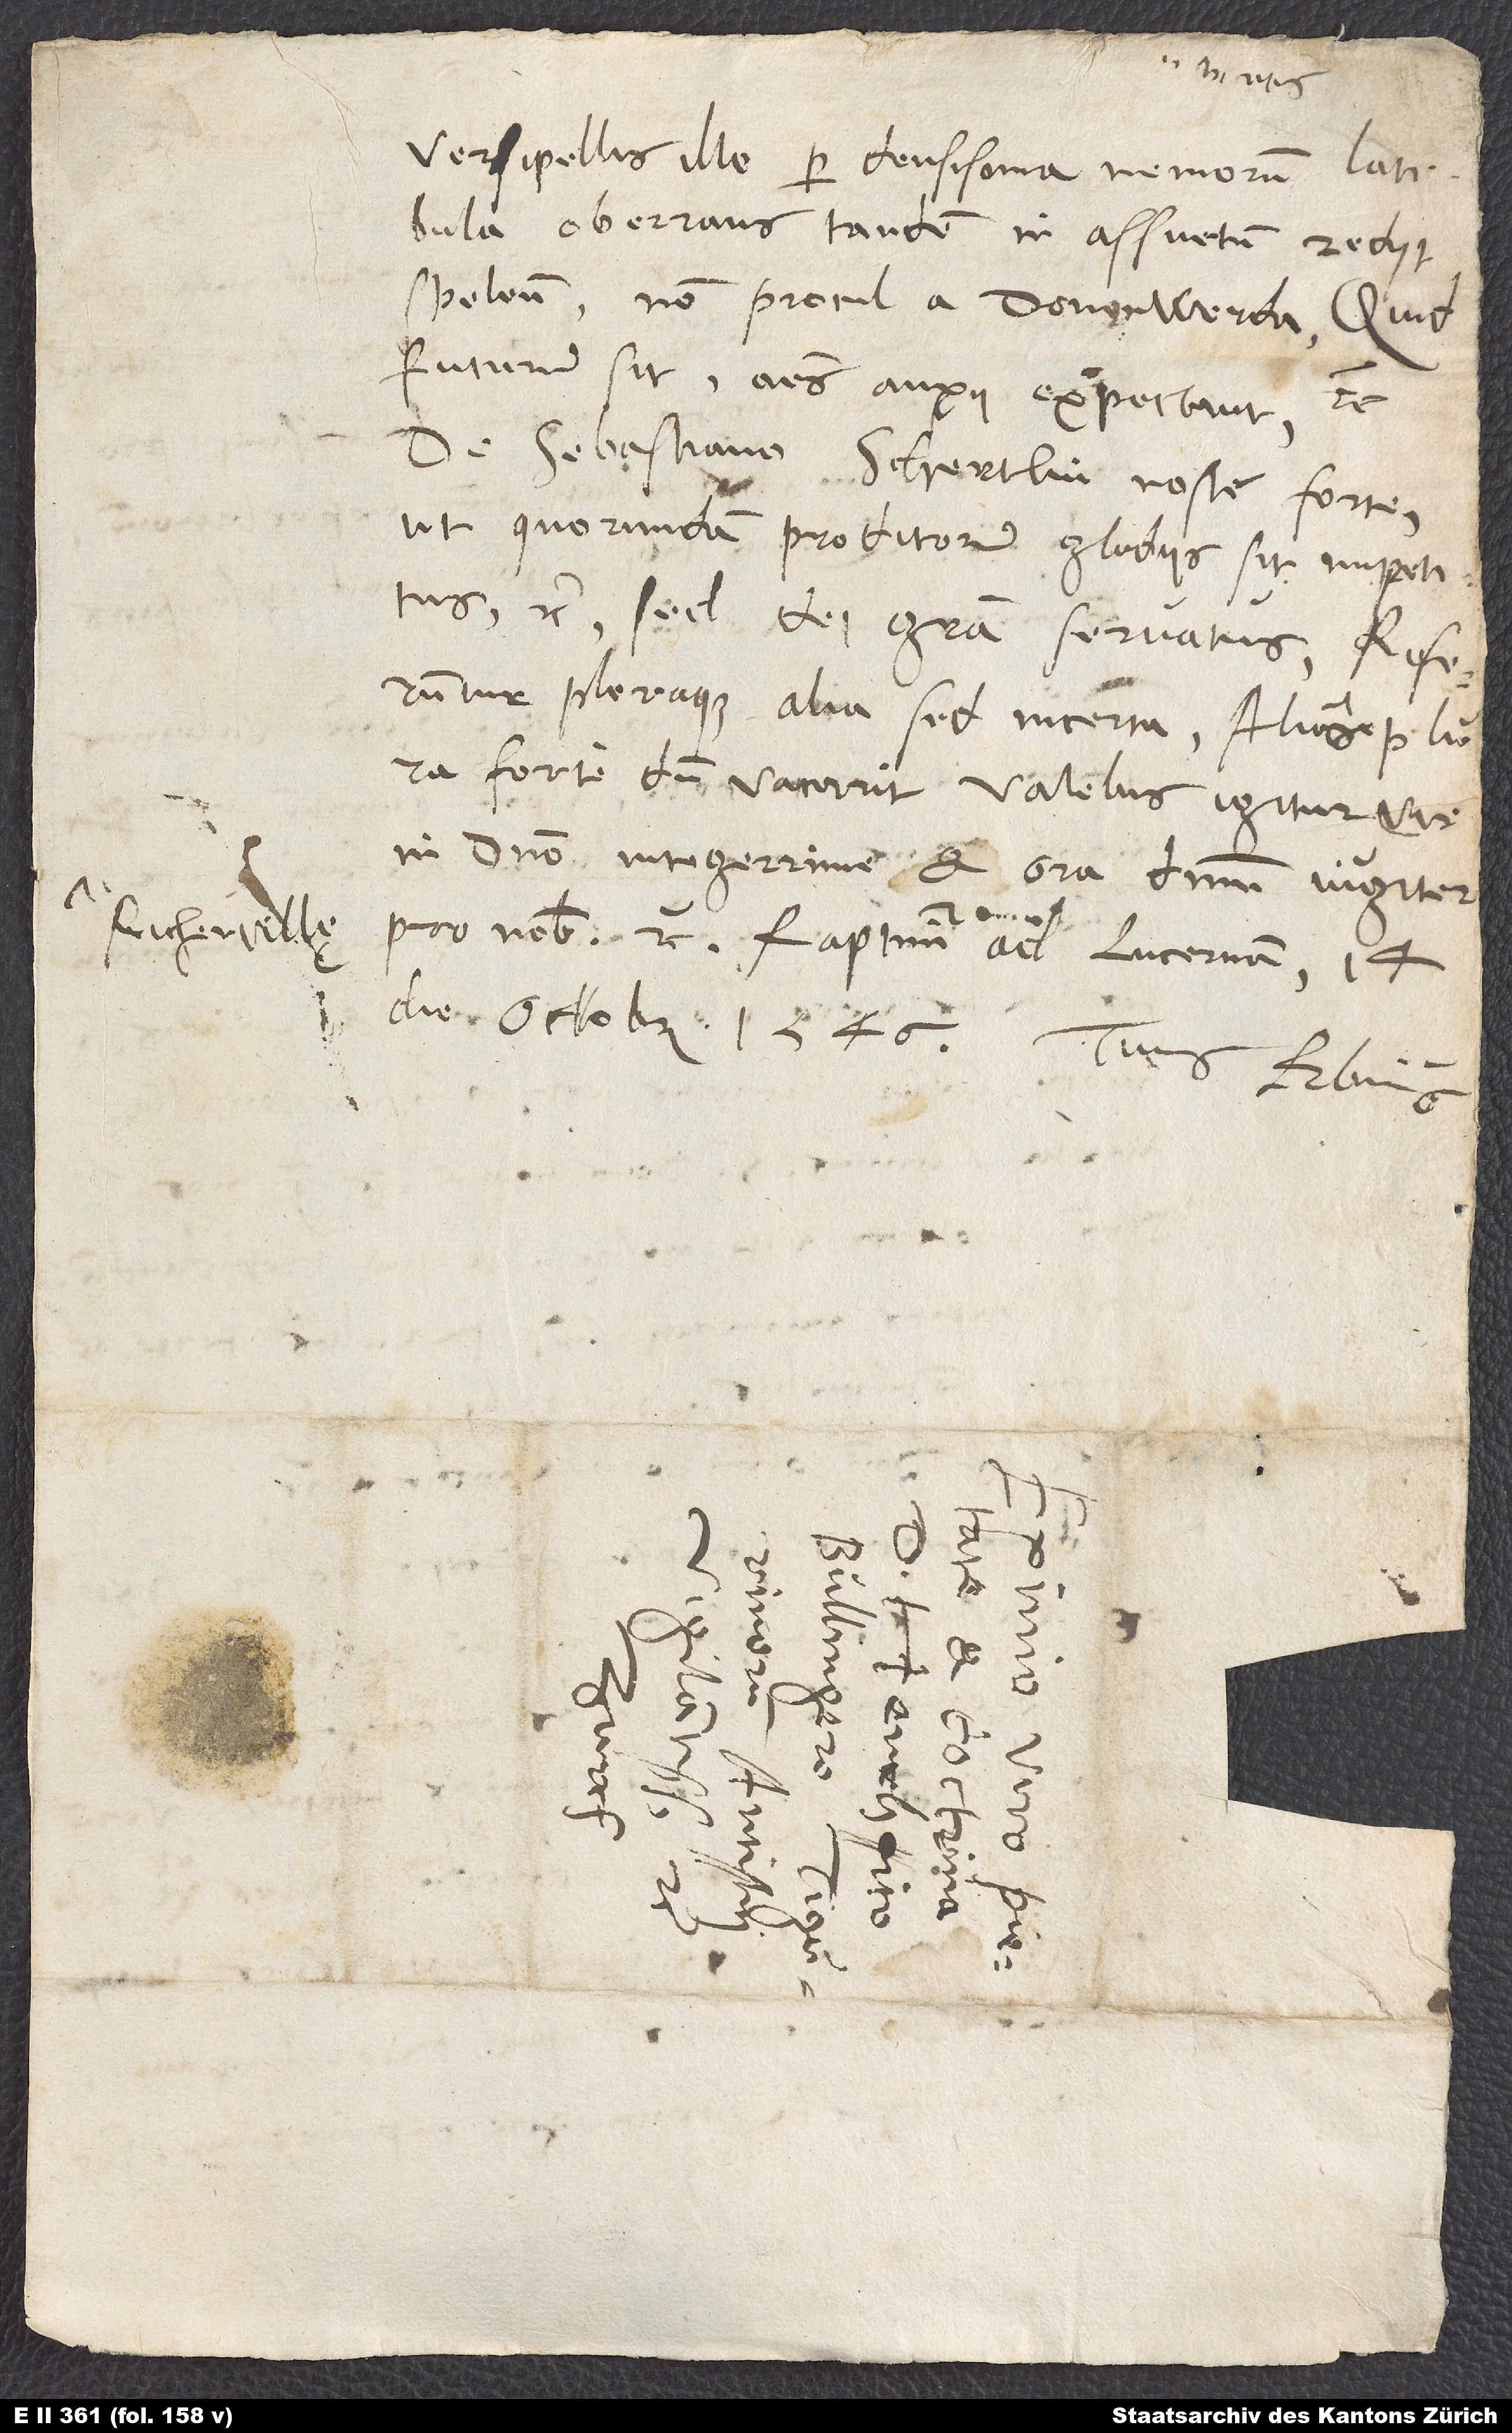
versipellis ille per densissima nemorum latibula
oberrans tandem in assuetum rediit
speleum, non procul a Donenwerda. Quid
futurum sit, omnes anxii expectant, etc.
De Sebastiano Schertlin nosti forte,
ut quorundam proditorum gladiis sit impetitus,
etc., sed dei gratia servatus. Referuntur
pleraque alia, sed incerta. Alias plura
forte, dum vacarit. Valebis igitur, vir
in domino integerrime, et ora dominum iugiter
die octobris 1546. Tuus Erbius.
d.